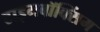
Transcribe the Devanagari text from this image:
टाइमबॉक्सिंग